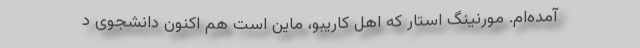
آمده‌ام. مورنینگ استار که اهل کاریبو، ماین است هم اکنون دانشجوی د